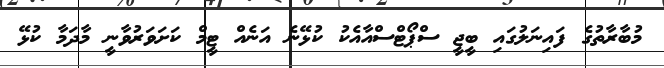
މުބާރާތުގެ ފައިނަލުގައި ބީޖީ ސްޕޯޓްސްއާއެކު ކުޅޭނެ އަނެއް ޓީމް ކަށަވަރުވާނީ މާދަމާ ކުޅޭ